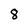
Character: 8